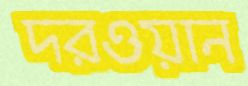
দরওয়ান